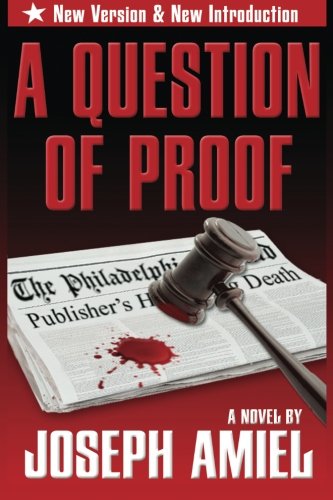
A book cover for A Question of Proof; Joseph Amiel; Literature & Fiction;